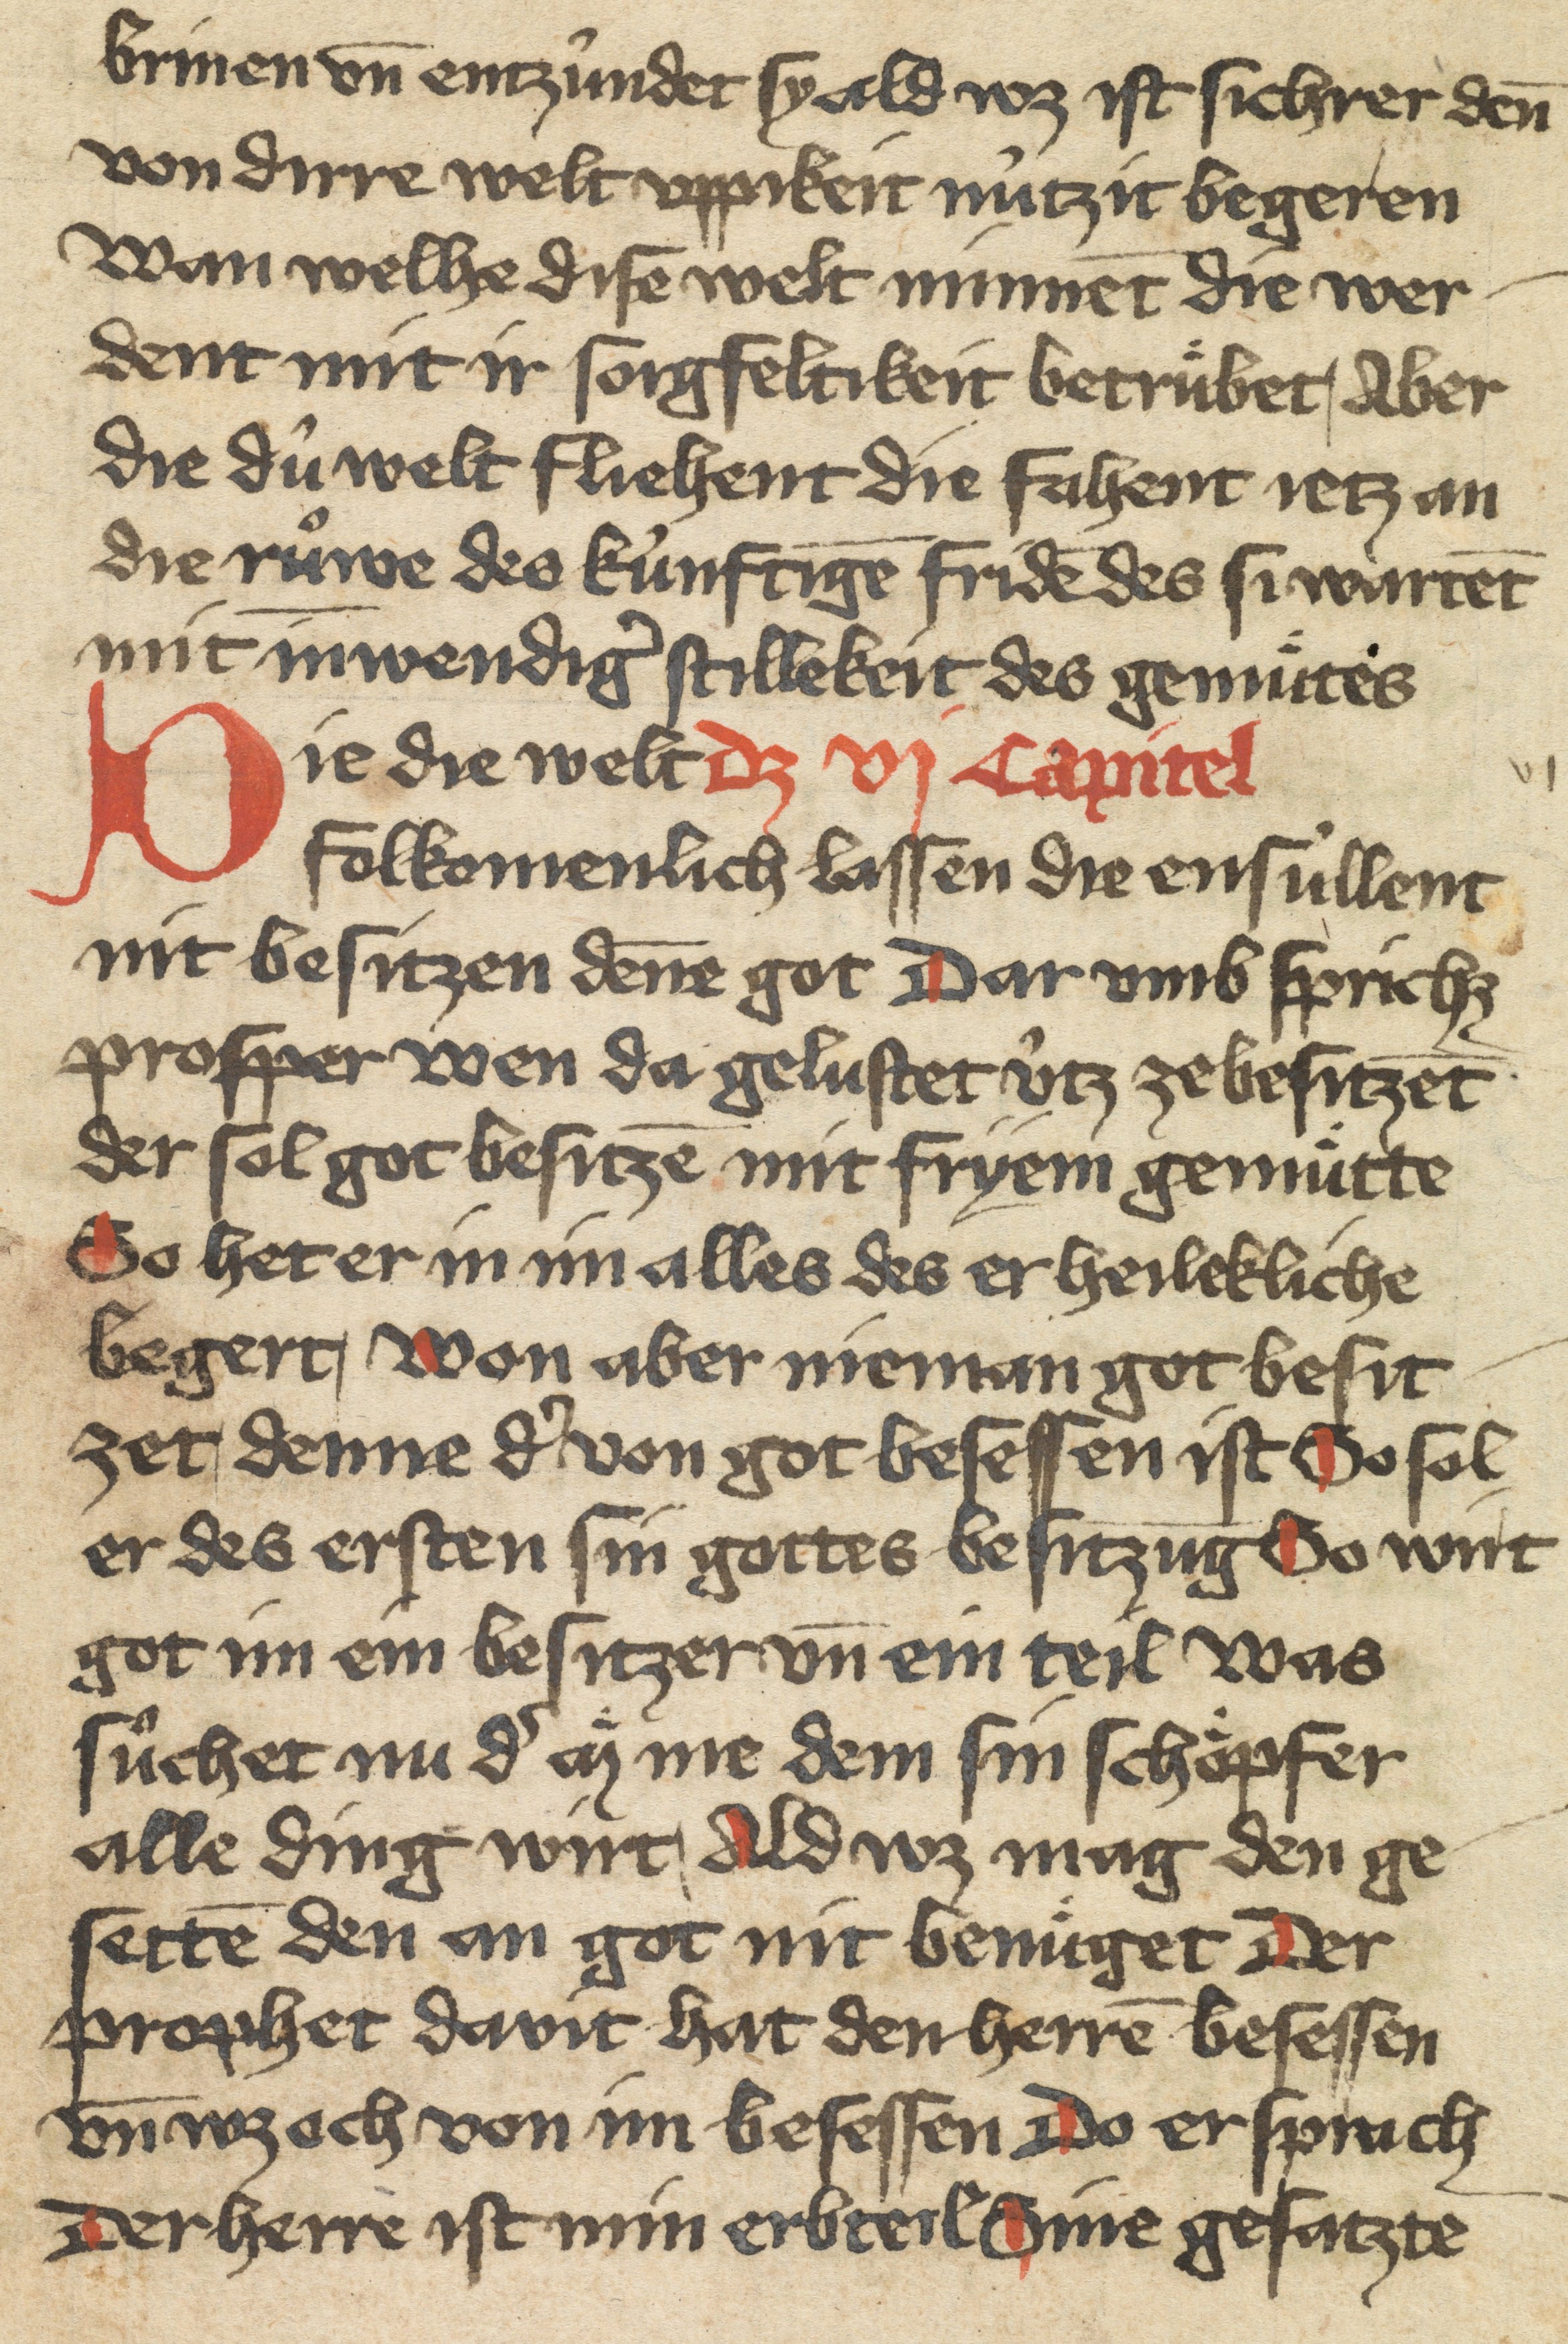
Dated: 1400–1499